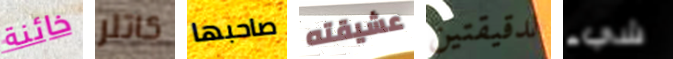
خائنة كاتلر صاحبها عشيقته لدقيقتين شيء